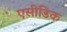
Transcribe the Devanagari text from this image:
एसीडिक